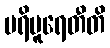
ပရိပူရေတီတိ